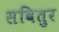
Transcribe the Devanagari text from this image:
सवितुर